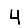
Digit: 4